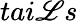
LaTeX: tai\mathscr{L}s